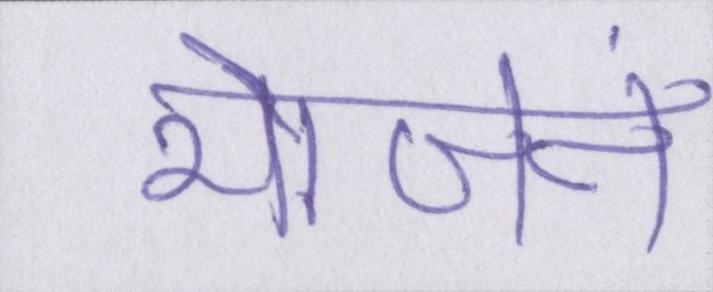
भोजनं